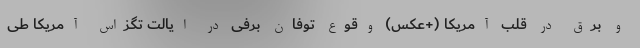
و برق در قلب آمریکا (+عکس) وقوع توفان برفی در ایالت تگزاس آمریکا طی